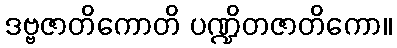
ဒဗ္ဗဇာတိကောတိ ပဏ္ဍိတဇာတိကော။